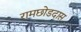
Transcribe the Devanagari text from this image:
रामछोडदास